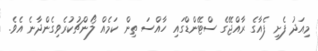
މިއަދު ފެށި ފެއާގެ ރާއްޖޭގެ ސްޓޭންޑްގައި ހާއްސަ ތިން ކަމެއް ލޯންޗުކުރެވިގެންދާނެ އެވެ.